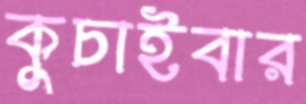
কুচাইবার